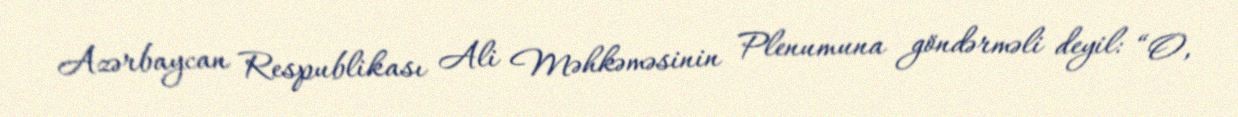
Azərbaycan Respublikası Ali Məhkəməsinin Plenumuna göndərməli deyil: “O,